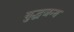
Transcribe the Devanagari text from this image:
युद्धजन्‍य